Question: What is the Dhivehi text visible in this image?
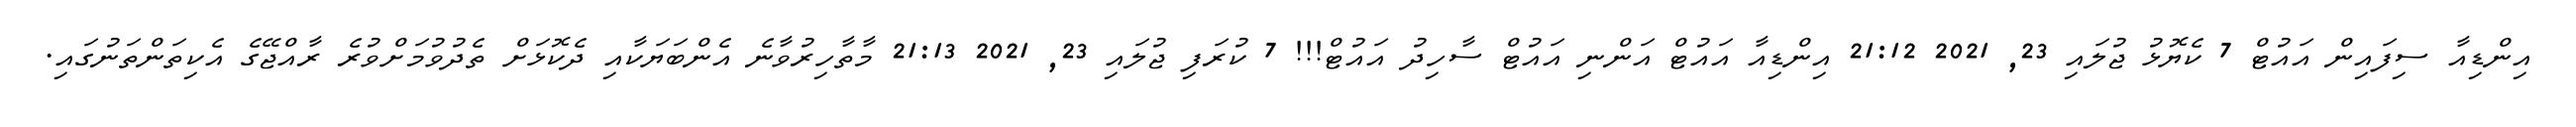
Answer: އިންޑިއާ ސިފައިން އައުޓް 7 ކެޔޮޅު ޖުލައި 23, 2021 21:12 އިންޑިއާ އައުޓް އަންނި އައުޓް ސާހިދު އައުޓް!!! 7 ކުރަފި ޖުލައި 23, 2021 21:13 މާތާހިރުވާނެ އެންބަޔަކާއި ދެކޮޅަށް ތެދުވުމަށްވުރެ ރާއްޖޭގެ އެކިތަންތަނުގައި.